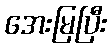
အေးမြပြီး